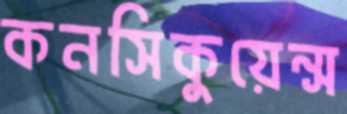
কনসিকুয়েন্স